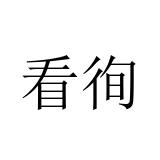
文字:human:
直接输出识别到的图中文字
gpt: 看徇